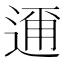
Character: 𮞘